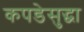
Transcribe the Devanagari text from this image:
कपडेसुद्धा